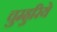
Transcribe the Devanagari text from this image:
चुम्हुरिये